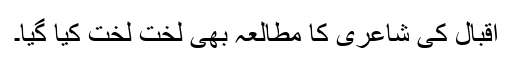
اقبال كی شاعری كا مطالعہ بھی لخت لخت كیا گیا۔